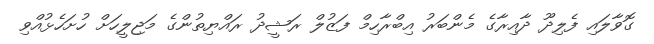
ގޮވާލައި ފެލިދޫ ދާއިރާގެ މެންބަރު އިބްރާހިމް ފަޒުލް ރަޝީދު ރައްޔިތުންގެ މަޖިލީހަށް ހުށަހެޅުއްވި